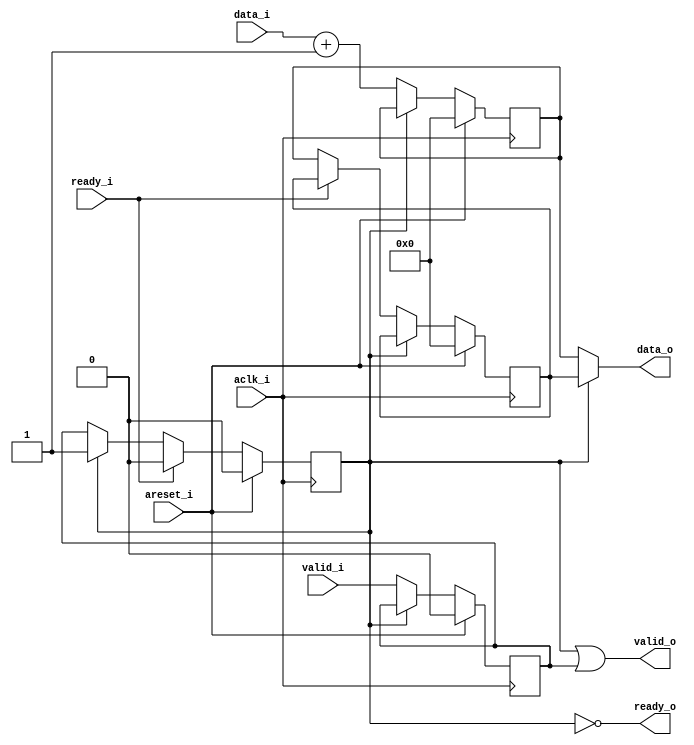
//////////////////////////////////////////////////////////////////////////////////
// Engineer:
// 
// Design Name: 
// Module Name: 
// Description: 
// 
// Dependencies: 
// 
// Revision:
// Revision 0.01 - File Created
// Additional Comments:
// ready

`timescale  1ns/1ps
// ready_iready_i
// 
// 
module axi_module_ready #(
    parameter DWIDTH = 8
)
(
    input                   aclk_i,
    input                   areset_i,

    // down-stream
    input                   ready_i,
    output                  valid_o,
    output  [DWIDTH-1:0]    data_o,

    // up-stream
    output                  ready_o,
    input                   valid_i,
    input  [DWIDTH-1:0]     data_i   
);

reg [DWIDTH-1:0]    expansion_data_reg;
reg                 expansion_valid_reg;
reg                 ready_i_reg;
reg [DWIDTH-1:0]    data_reg;
reg                 valid_reg;

// ~valid_o | ready_i
assign  ready_o = ~expansion_valid_reg;
assign  data_o  = expansion_valid_reg ? expansion_data_reg : data_reg;
// expansionvalidvalidvalid
assign  valid_o = expansion_valid_reg | valid_reg;

always @(posedge aclk_i) begin
    if(areset_i) begin
        data_reg            <= 'd0;
        valid_reg           <= 'd0;
        expansion_data_reg  <= 'd0;
        expansion_valid_reg <= 'd0;
    end
    else begin
        if(ready_o) begin
            data_reg    <= data_i + 1'b1;
            valid_reg     <= valid_i;
            if(~ready_i) begin
                expansion_data_reg  <= data_reg;
                expansion_valid_reg <= valid_reg;
            end
        end
        // expansion valid
        if(ready_i)
            expansion_valid_reg <= 'd0;
    end
end






endmodule